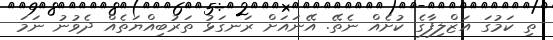
ތި ކަމުގަ އަޒްލިފާގެ ކުށެއް ނެތޭ. އޭނައަށް ރަނގަޅު ތަރުބިއްޔަތެއް ދެވުނު ނަމަ